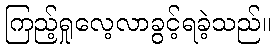
ကြည့်ရှုလေ့လာခွင့်ရခဲ့သည်။